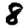
Digit: 8